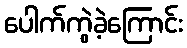
ပေါက်ကွဲခဲ့ကြောင်း